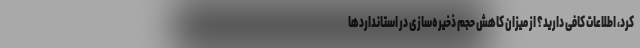
کرد، اطلاعات کافی دارید؟ از میزان کاهش حجم ذخیره‌سازی در استانداردها